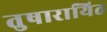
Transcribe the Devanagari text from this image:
तुषारायित